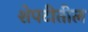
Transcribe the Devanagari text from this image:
शेपटीतील